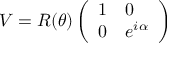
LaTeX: V = R ( \theta ) \left( \begin{array} { l l } { { 1 } } & { { 0 } } \\ { { 0 } } & { { e ^ { i \alpha } } } \end{array} \right)